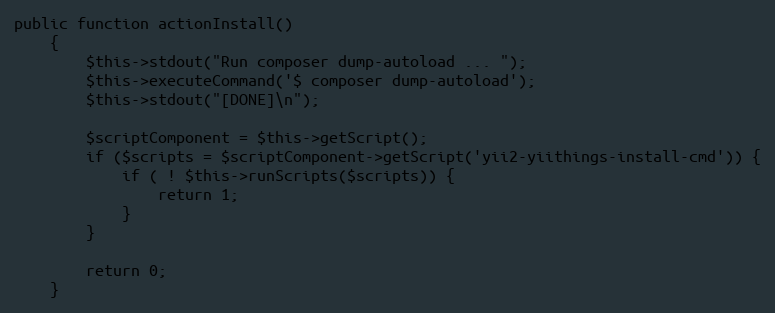
Language: PHP
public function actionInstall()
    {
        $this->stdout("Run composer dump-autoload ... ");
        $this->executeCommand('$ composer dump-autoload');
        $this->stdout("[DONE]\n");

        $scriptComponent = $this->getScript();
        if ($scripts = $scriptComponent->getScript('yii2-yiithings-install-cmd')) {
            if ( ! $this->runScripts($scripts)) {
                return 1;
            }
        }

        return 0;
    }